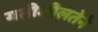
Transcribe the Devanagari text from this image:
गतीशीलतेने